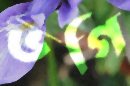
ভগি